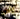
اني